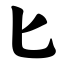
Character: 匕